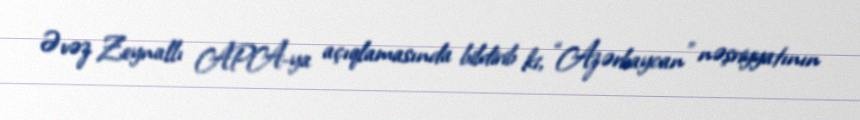
Əvəz Zeynallı APA-ya açıqlamasında bildirib ki, “Azərbaycan” nəşriyyatının